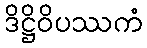
ဒိဋ္ဌိဝိပဿကံ